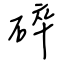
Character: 碎